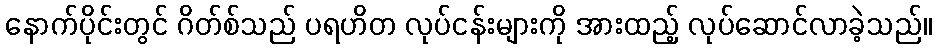
နောက်ပိုင်းတွင် ဂိတ်စ်သည် ပရဟိတ လုပ်ငန်းများကို အားထည့် လုပ်ဆောင်လာခဲ့သည်။